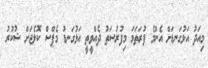
މިއަދު އަޅުގަނޑަށް އެންމެ ފުރަތަމަ މިފުރުސަތު ދެއްވީތީ އަޅުގަނޑު މެޕްސް ކޮލެޖަށް ޝުކުރު